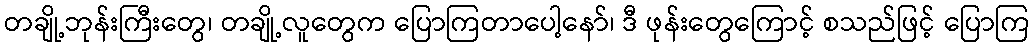
တချို့ဘုန်းကြီးတွေ၊ တချို့လူတွေက ပြောကြတာပေါ့နော်၊ ဒီ ဖုန်းတွေကြောင့် စသည်ဖြင့် ပြောကြ